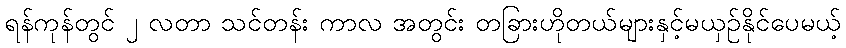
ရန်ကုန်တွင် ၂ လတာ သင်တန်း ကာလ အတွင်း တခြားဟိုတယ်များနှင့်မယှဉ်နိုင်ပေမယ့်